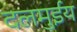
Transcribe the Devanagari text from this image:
दलमुईय